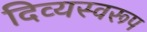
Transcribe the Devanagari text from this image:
दिव्यस्वरूप